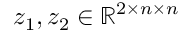
z _ { 1 } , z _ { 2 } \in \mathbb { R } ^ { 2 \times n \times n }